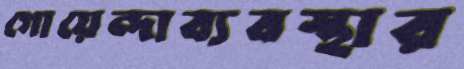
গোয়েন্দাব্যবস্থার